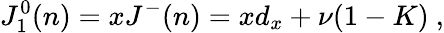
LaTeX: J_{1}^{0}(n)=xJ^{-}(n)=xd_{x}+\nu(1-K)\ ,